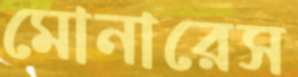
মোনারেস